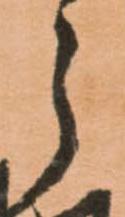
う